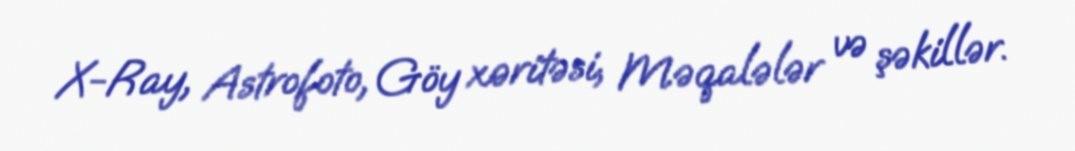
X-Ray, Astrofoto, Göy xəritəsi, Məqalələr və şəkillər.